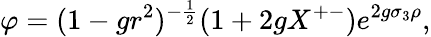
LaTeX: \varphi=(1-gr^{2})^{-{\frac{1}{2}}}(1+2gX^{+-})e^{2g\sigma_{3}\rho},